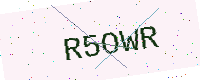
Text: R5OWR